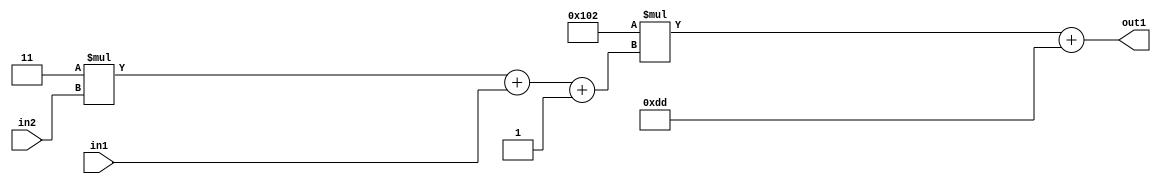
`timescale 1ps / 1ps
/*****************************************************************************
    Verilog RTL Description
    
    
    Created by: Stratus DpOpt 2019.1.01 
*******************************************************************************/

module DC_Filter_Add2i221Mul2i258Add3i1u1Mul2i3u2_4 (
	in2,
	in1,
	out1
	); /* architecture "behavioural" */ 
input [1:0] in2;
input  in1;
output [11:0] out1;
wire [11:0] asc001;
wire [3:0] asc002;

wire [3:0] asc002_tmp_0;
wire [3:0] asc002_tmp_1;
assign asc002_tmp_1 = 
	+(4'B0011 * in2);
assign asc002_tmp_0 = asc002_tmp_1
	+(in1);
assign asc002 = asc002_tmp_0
	+(4'B0001);

wire [11:0] asc001_tmp_2;
assign asc001_tmp_2 = 
	+(12'B000100000010 * asc002);
assign asc001 = asc001_tmp_2
	+(12'B000011011101);

assign out1 = asc001;
endmodule

/* CADENCE  vrP5SQA= : u9/ySgnWtBlWxVPRXgAZ4Og= ** DO NOT EDIT THIS LINE ******/